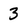
Character: 3